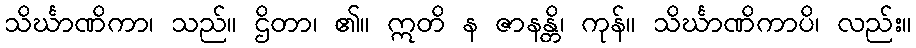
သိင်္ဃာဏိကာ၊ သည်။ ဌိတာ၊ ၏။ ဣတိ န ဇာနန္တိ၊ ကုန်။ သိင်္ဃာဏိကာပိ၊ လည်း။